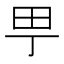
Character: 甼